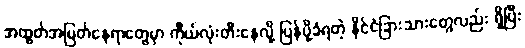
အထွတ်အမြတ်နေရာတွေမှာ ကိုယ်လုံးတီးနေလို့ ပြန်ပို့ခံရတဲ့ နိုင်ငံခြားသားတွေလည်း ရှိပြီး